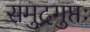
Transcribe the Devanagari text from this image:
समुद्रगुप्तः